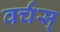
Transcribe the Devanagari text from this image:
वर्चस्